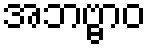
အဘဗ္ဗာဝ